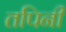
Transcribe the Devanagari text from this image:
तपिनी